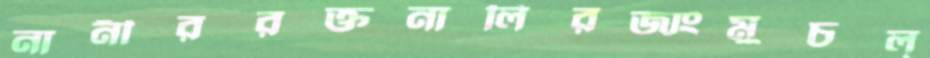
নানীররক্তনালিরজাংমুচল্‌